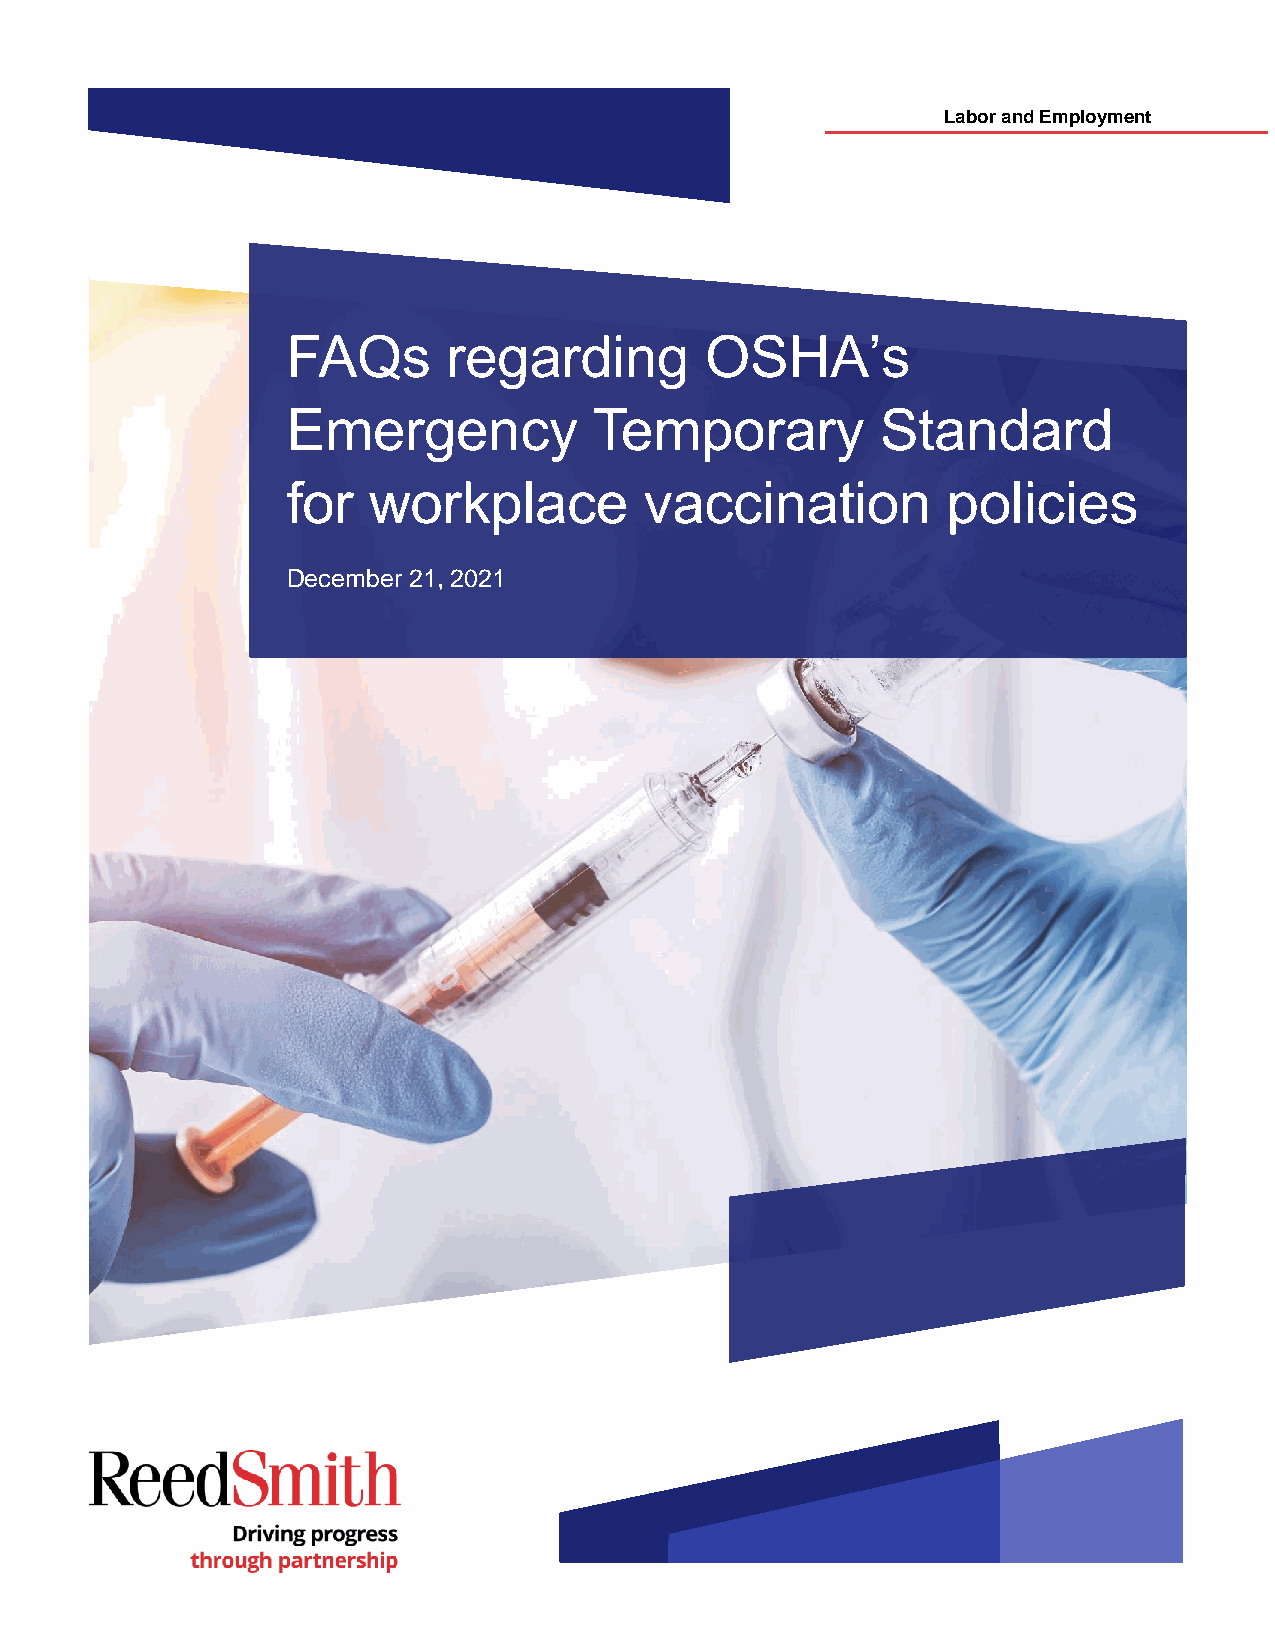
Labor and Employment
 FAQs       regarding        OSHA’s
 Emergency           Temporary          Standard
 for  workplace          vaccination         policies
 December 21, 2021